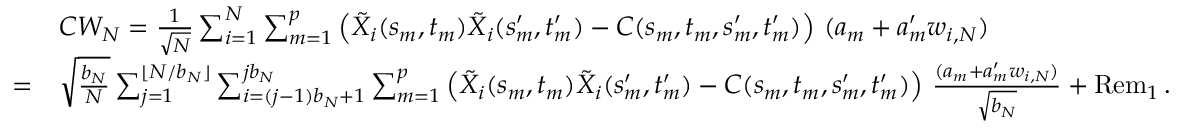
\begin{array} { r l } & { C W _ { N } = \frac { 1 } { \sqrt { N } } \sum _ { i = 1 } ^ { N } \sum _ { m = 1 } ^ { p } \left( \tilde { X } _ { i } ( s _ { m } , t _ { m } ) \tilde { X } _ { i } ( s _ { m } ^ { \prime } , t _ { m } ^ { \prime } ) - C ( s _ { m } , t _ { m } , s _ { m } ^ { \prime } , t _ { m } ^ { \prime } ) \right) \, ( a _ { m } + a _ { m } ^ { \prime } w _ { i , N } ) } \\ { = } & { \sqrt { \frac { b _ { N } } { N } } \sum _ { j = 1 } ^ { \lfloor N / b _ { N } \rfloor } \sum _ { i = ( j - 1 ) b _ { N } + 1 } ^ { j b _ { N } } \sum _ { m = 1 } ^ { p } \left( \tilde { X } _ { i } ( s _ { m } , t _ { m } ) \tilde { X } _ { i } ( s _ { m } ^ { \prime } , t _ { m } ^ { \prime } ) - C ( s _ { m } , t _ { m } , s _ { m } ^ { \prime } , t _ { m } ^ { \prime } ) \right) \, \frac { ( a _ { m } + a _ { m } ^ { \prime } w _ { i , N } ) } { \sqrt { b _ { N } } } + \operatorname { R e m } _ { 1 } . } \end{array}